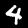
Label: 4